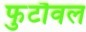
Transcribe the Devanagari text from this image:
फुटौवल